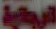
الرواية